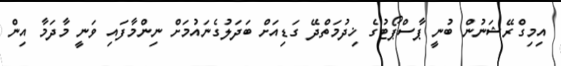
އިމިގްރޭޝަނުން ބުނީ ޕާސްޕޯޓުގެ ޚިދުމަތްދޭ ގަޑިއަށް ބަދަލުގެނައުމަށް ނިންމާފައި ވަނީ މާދަމާ އިން